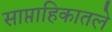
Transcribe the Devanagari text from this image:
साप्ताहिकातले